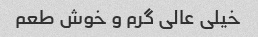
خیلی عالی گرم و خوش طعم